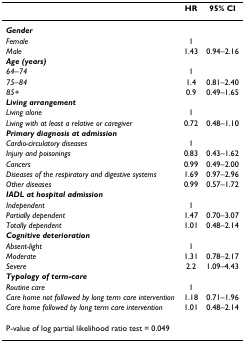
<table><thead><tr><td></td><td><b>HR</b></td><td><b>95% CI</b></td></tr></thead><tbody><tr><td><b><i>Gender</i></b></td><td></td><td></td></tr><tr><td><i>Female</i></td><td>1</td><td></td></tr><tr><td><i>Male</i></td><td>1.43</td><td>0.94–2.16</td></tr><tr><td><b><i>Age (years)</i></b></td><td></td><td></td></tr><tr><td><i>64–74</i></td><td>1</td><td></td></tr><tr><td><i>75–84</i></td><td>1.4</td><td>0.81–2.40</td></tr><tr><td><i>85+</i></td><td>0.9</td><td>0.49–1.65</td></tr><tr><td><b><i>Living arrangement</i></b></td><td></td><td></td></tr><tr><td><i>Living alone</i></td><td>1</td><td></td></tr><tr><td><i>Living with at least a relative or caregiver</i></td><td>0.72</td><td>0.48–1.10</td></tr><tr><td><b><i>Primary diagnosis at admission</i></b></td><td></td><td></td></tr><tr><td><i>Cardio-circulatory diseases</i></td><td>1</td><td></td></tr><tr><td><i>Injury and poisonings</i></td><td>0.83</td><td>0.43–1.62</td></tr><tr><td><i>Cancers</i></td><td>0.99</td><td>0.49–2.00</td></tr><tr><td><i>Diseases of the respiratory and digestive systems</i></td><td>1.69</td><td>0.97–2.96</td></tr><tr><td><i>Other diseases</i></td><td>0.99</td><td>0.57–1.72</td></tr><tr><td><b><i>IADL at hospital admission</i></b></td><td></td><td></td></tr><tr><td><i>Independent</i></td><td>1</td><td></td></tr><tr><td><i>Partially dependent</i></td><td>1.47</td><td>0.70–3.07</td></tr><tr><td><i>Totally dependent</i></td><td>1.01</td><td>0.48–2.14</td></tr><tr><td><b><i>Cognitive deterioration</i></b></td><td></td><td></td></tr><tr><td><i>Absent-light</i></td><td>1</td><td></td></tr><tr><td><i>Moderate</i></td><td>1.31</td><td>0.78–2.17</td></tr><tr><td><i>Severe</i></td><td>2.2</td><td>1.09–4.43</td></tr><tr><td><b><i>Typology of term-care</i></b></td><td></td><td></td></tr><tr><td><i>Routine care</i></td><td>1</td><td></td></tr><tr><td><i>Care home not followed by long term care intervention</i></td><td>1.18</td><td>0.71–1.96</td></tr><tr><td><i>Care home followed by long term care intervention</i></td><td>1.01</td><td>0.48–2.14</td></tr><tr><td>P-value of log partial likelihood ratio test = 0.049</td><td></td><td></td></tr></tbody></table>